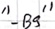
Text: "-B9"